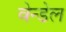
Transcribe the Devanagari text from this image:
वेन्डेल